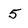
Character: 5